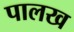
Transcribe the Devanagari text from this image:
पालख